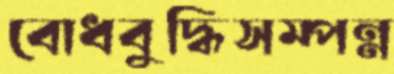
বোধবুদ্ধিসম্পন্ন